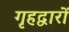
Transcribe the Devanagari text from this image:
गृहद्वारों